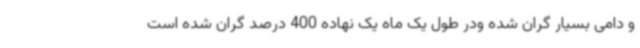
و دامی بسیار گران شده ودر طول یک ماه یک نهاده 400 درصد گران شده است